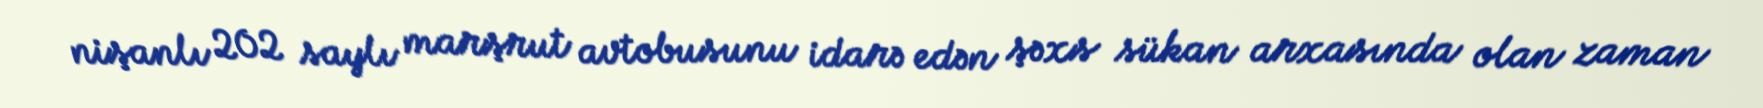
nişanlı 202 saylı marşrut avtobusunu idarə edən şəxs sükan arxasında olan zaman